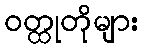
ဝတ္ထုတိုများ